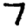
Digit: 7